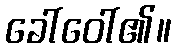
ခေါ်ဝေါ်၏။